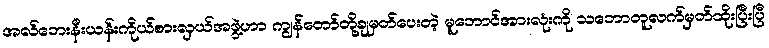
အလ်ဘေးနီးယန်းကိုယ်စားလှယ်အဖွဲ့ဟာ ကျွန်တော်တို့ချမှတ်ပေးတဲ့ မူဘောင်အားလုံးကို သဘောတူလက်မှတ်ထိုးပြီးပြီ